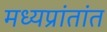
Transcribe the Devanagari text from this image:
मध्यप्रांतांत